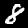
Label: 8